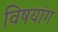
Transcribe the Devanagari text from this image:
विषयांग